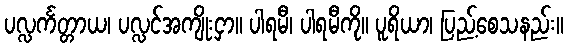
ပလ္လင်္ကတ္တာယ၊ ပလ္လင်အကျိုးငှာ။ ပါရမီ၊ ပါရမီကို။ ပူရိယာ၊ ပြည့်စေသနည်း။